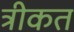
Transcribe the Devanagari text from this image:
त्रीकत